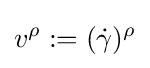
v^{\rho }:=({\dot {\gamma }})^{\rho }